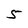
Character: 5